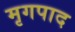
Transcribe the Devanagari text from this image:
मृगपाद